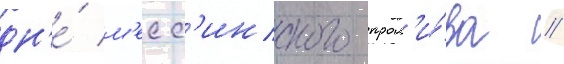
дн'е́ м'есс'инского прол'и́ва //